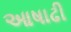
આષાઢી